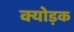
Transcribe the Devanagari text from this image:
क्योड़क